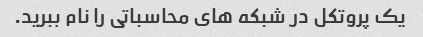
یک پروتکل در شبکه های محاسباتی را نام ببرید.